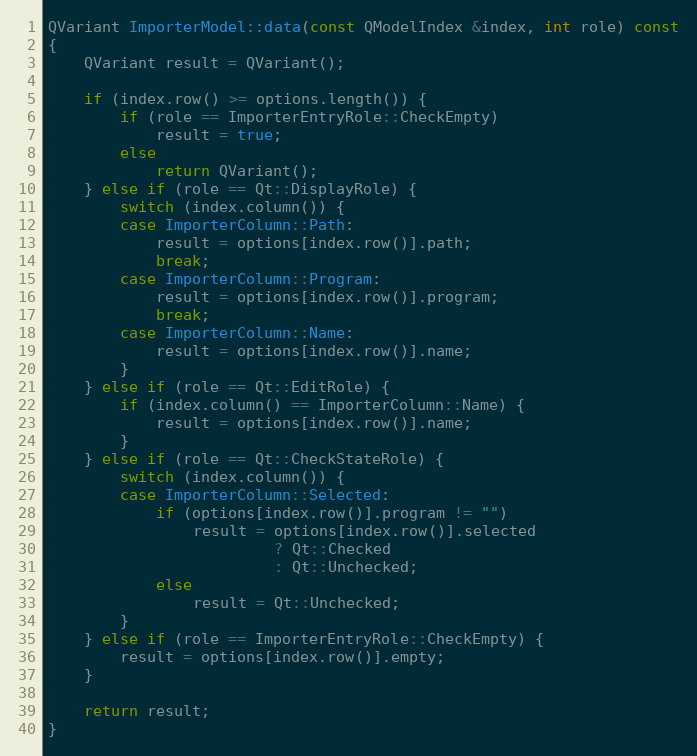
Language: C++
QVariant ImporterModel::data(const QModelIndex &index, int role) const
{
	QVariant result = QVariant();

	if (index.row() >= options.length()) {
		if (role == ImporterEntryRole::CheckEmpty)
			result = true;
		else
			return QVariant();
	} else if (role == Qt::DisplayRole) {
		switch (index.column()) {
		case ImporterColumn::Path:
			result = options[index.row()].path;
			break;
		case ImporterColumn::Program:
			result = options[index.row()].program;
			break;
		case ImporterColumn::Name:
			result = options[index.row()].name;
		}
	} else if (role == Qt::EditRole) {
		if (index.column() == ImporterColumn::Name) {
			result = options[index.row()].name;
		}
	} else if (role == Qt::CheckStateRole) {
		switch (index.column()) {
		case ImporterColumn::Selected:
			if (options[index.row()].program != "")
				result = options[index.row()].selected
						 ? Qt::Checked
						 : Qt::Unchecked;
			else
				result = Qt::Unchecked;
		}
	} else if (role == ImporterEntryRole::CheckEmpty) {
		result = options[index.row()].empty;
	}

	return result;
}